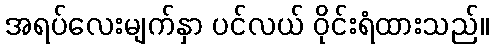
အရပ်လေးမျက်နှာ ပင်လယ် ဝိုင်းရံထားသည်။